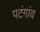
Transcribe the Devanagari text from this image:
पटंगांव